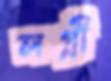
লগ্নী